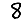
Digit: 8